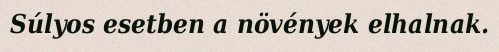
Súlyos esetben a növények elhalnak.